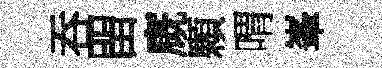
吞㽞廐顆喟峯